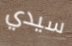
سيدي